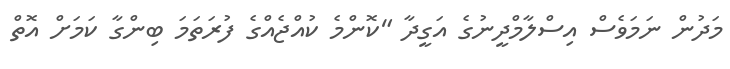
މަދުން ނަމަވެސް އިސްލާމްދީނުގެ އަގީދާ "ކޮންމެ ކުއްޖެއްގެ ފުރަތަމަ ބިންގާ ކަމަށް އޮތް